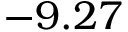
- 9 . 2 7